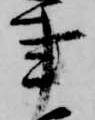
事